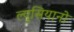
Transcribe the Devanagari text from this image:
ल्युसियानो